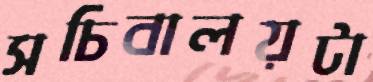
সচিবালয়টা